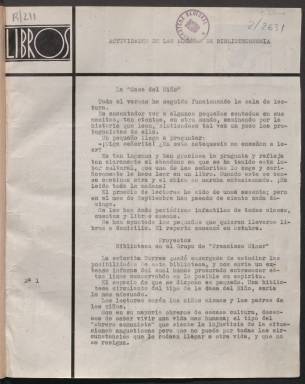
Título: Libros (Madrid. 1933)
Colección: Archivos, bibliotecas y museos || Libros
Ámbito geográfico: Madrid
Lugar de publicación: Madrid
Fechas: 01/01/1933-17/07/1941

Publicación de la Asociación Libros integrada por alumnas de Biblioteconomía de la Residencia de Señoritas, primer centro oficial para la enseñanza universitaria de las mujeres en España. Se comenzó a dar esta formación a iniciativa del Instituto Internacional, que disponía de una gran biblioteca y en cuyos locales se alojaba la Residencia, dirigida por la pedagoga María de Maeztu.
   Los cursos de biblioteconomía comenzaron en la Residencia de manera informal en 1928 y año tras año fueron ganando alumnas. A finales de 1933, las jóvenes diplomadas decidieron crear la Asociación Libros para propagar la afición a la lectura y ayudar a crear y organizar una biblioteca. Dentro de las iniciativas estaba también la revista Libros con una periodicidad inicial bimestral.

  En sus dos primeros números los textos de la publicación están confeccionados con máquina de escribir, y ya a partir del tercero con tipos de imprenta. A partir de octubre de 1934 Libros comenzó a publicarse mensualmente y ganar en volumen. Doce páginas fue la media, pero los últimos números constan de 24. Unos pequeños grabados en la esquina de algunas páginas adornaban la publicación.
  En la entrega de junio de 1936 hay en las últimas páginas un índice recopilatorio en el que se da cuenta de todos los temas tratados en los 21 números que iban editados. La revista dejó de publicarse debido a la guerra y apareció de nuevo un número en 1941 realizado por algunas de las alumnas pero que ya no gozaba del espíritu que había propiciado su fundación.

 Una de las colaboradoras asiduas de la revista fue la escritora Elena Fortún, creadora del personaje de Celia y que fue una de las alumnas. Participó con artículos sobre cómo escribir cuentos y sobre bibliotecas infantiles, entre otros temas.
   El contenido de Libros estaba centrado en artículos sobre bibliotecas, bibliografía y la lectura, pero pueden leerse piezas literarias, reportajes sobre viajes, noticias internas de la Asociación y colaboraciones de prestigio, como el amplio artículo ‘Misión del Bibliotecario’, de Ortega y Gasset, que se publicó en cuatro números, del 14 al 17.

[Descripción publicada el 8/11/2023]